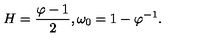
H = \frac { \varphi - 1 } { 2 } , \omega _ { 0 } = 1 - \varphi ^ { - 1 } .